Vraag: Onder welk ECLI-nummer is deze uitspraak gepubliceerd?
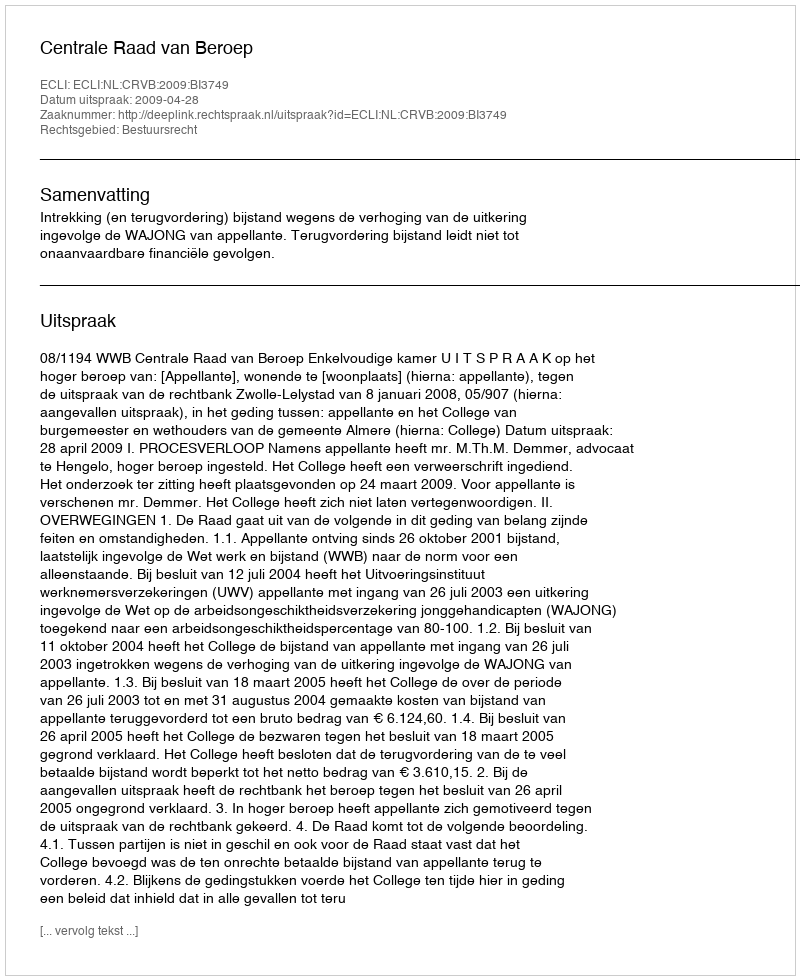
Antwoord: ECLI:NL:CRVB:2009:BI3749